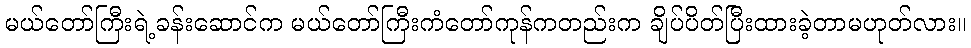
မယ်တော်ကြီးရဲ့ခန်းဆောင်က မယ်တော်ကြီးကံတော်ကုန်ကတည်းက ချိပ်ပိတ်ပြီးထားခဲ့တာမဟုတ်လား။